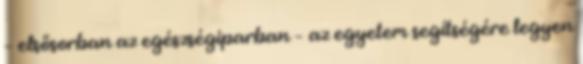
– elsősorban az egészségiparban – az egyetem segítségére legyen